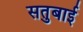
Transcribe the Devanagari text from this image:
सतुबाई